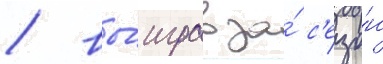
/ вы́играв за́ с'езо́н